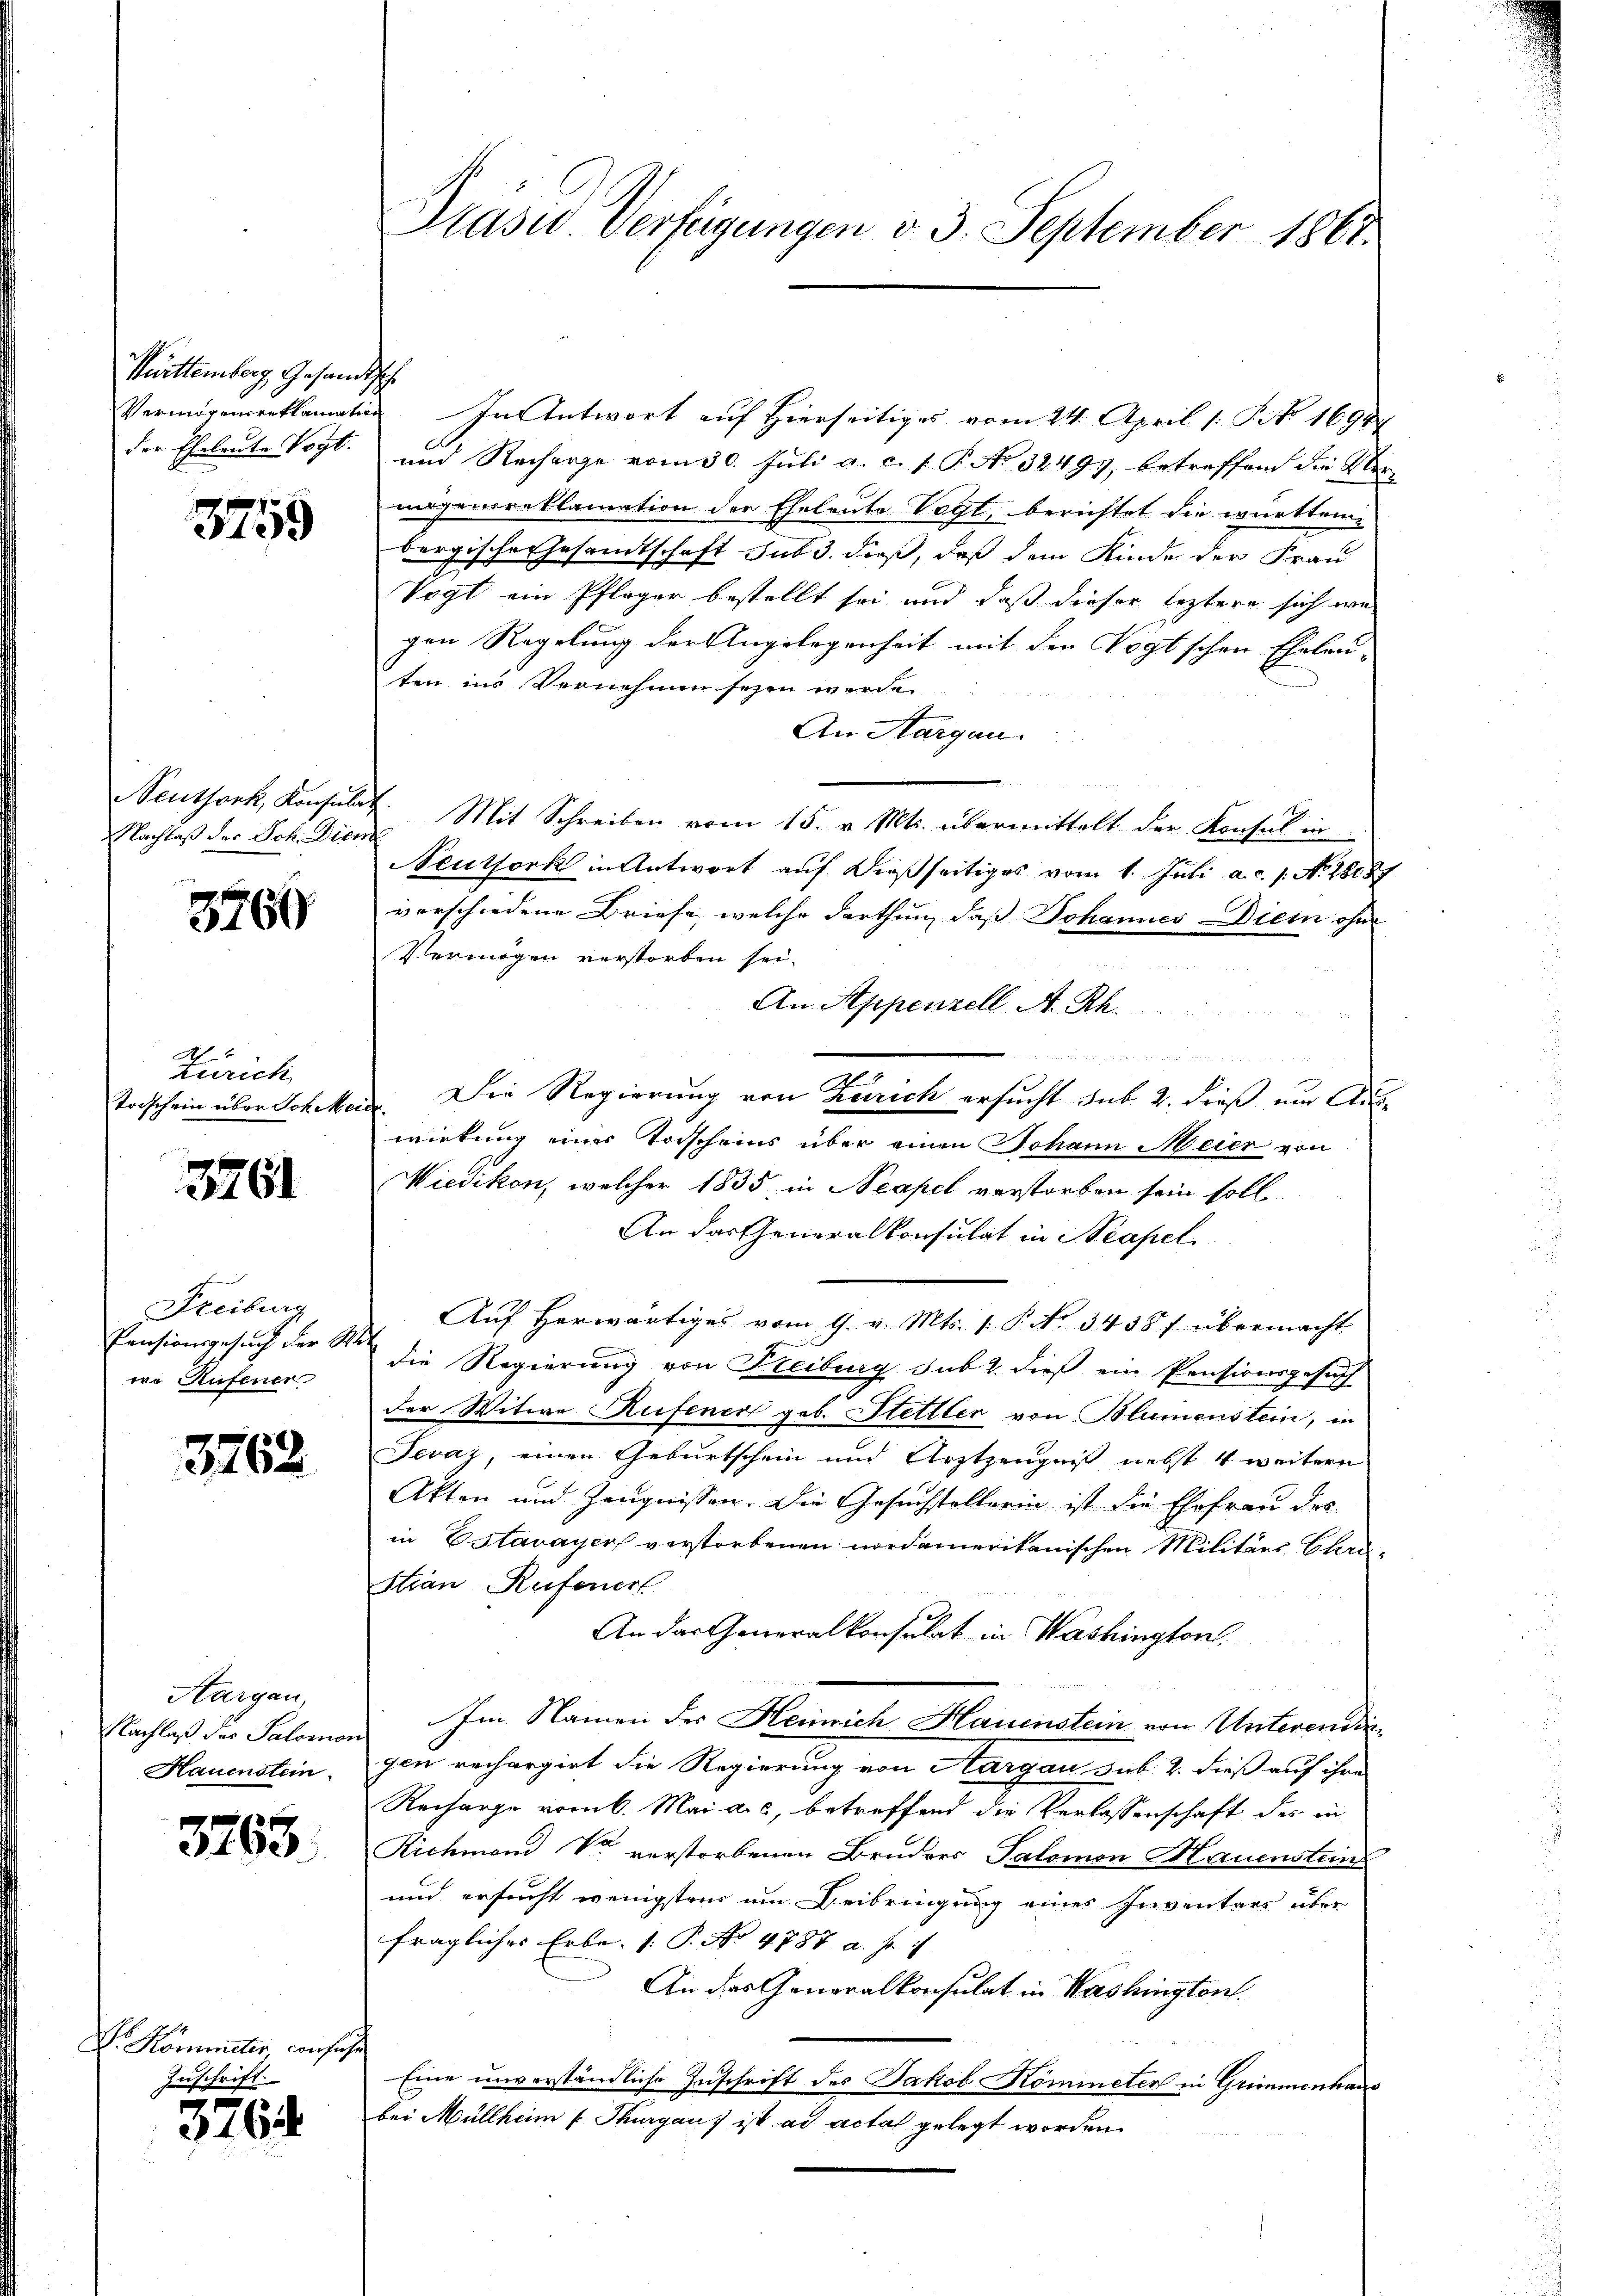
Württemberg, Gesandt
der Eheleute Vogt.

3759

Seuthork, Konsula
Nachlaß der Joh. Dien

3760

J
Zürich
toischein über Joh. Me

3761

Freiburg
Pensionsgesuch der W
re Aufener

3762

Aargau,
Nachlaß der Salomo
Hauenstein.

3763

V. Kommeter confuse
Zuschrift.

3764

Präsid. Verfügungen v. 3. September 1861.

h
Vermögenseeklamation. In Antwort auf Hierseitiges vom 24. April 1. No. 1690
und Recharge vom 30. Juli a. c. 1 P. No 32493, betreffend die Ver-
mögensreklamation der Eheleute Vogt, berichtet die württembergischer Gesandtschaft sub 3. dieß, daß dem Kinde der Frau
Vogt ein Pfleger bestellt sei und daß dieser leztere sich we
gen Regelung der Angelegenheit mit der Vogtschen Eheleuten ins Vernehmen seyen werde.
An Aargau.
Mit Schreiben vom 15. v. Mts. übermittelt der Konsul in
Neuthork in Antwort auf dießseitiges vom 1. Juli a.c. s. No. 28087.
verschiedene Briefe, welche darthun, daß Johannes Die ohn
Vermögen verstorben sei.
An Appenzell A. Rh.

Die Regierung von Zürich ersucht sub 2. dieß um Aust.
wirkung einer Todscheins über einen Johann Meier von
Wiedikon, welcher 1835, in Neapel verstorben sein soll.
An das Generalkonsulat in Neapel
Auf herwärtiges vom 9. v. Mts. 1. P. Nr. 3438 f übermacht
die Regierung von Freiburg sub. 2. dieß ein Pensionsgesuch
der Witwe Rufener geb. Hettler von Blumenstein, in
Jevaz, einen Geburtschein und Arztzeugniß nebst 4 weitern
Akten und Zeugnissen. Die Gesuchstellerin ist die Ehefrau des
in Estavayer verstorbenen nordamerikanischen Militärs Christian Reifener
An das Generalkonsulat in Washington
Im Namen des Heinrich Hauenstein von Unterenddi
gen rechargirt die Regierung von Aargau sub. 2. dieß auf ihre
Recharge vom 6. Mai a.c. betreffend die Verlassenschaft des in
Richmand Dr. verstorbenen Bruders Salomon Hauenstein
und ersucht wenigsten im Beibringung eines Inventars über
fragliches Erbe. (: P. No 4787 a. f.
An das Generalkonsulat in Washington
Eine unverständliche Zuschrift des Jakob Kömmneten in Grimmenhaus
bei Müllheim Thurgauf ist ad acta gelegt worden.